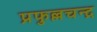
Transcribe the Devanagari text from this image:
प्रफुल्लचन्द्र